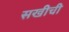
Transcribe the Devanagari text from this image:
सखीची